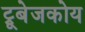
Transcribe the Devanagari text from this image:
ट्रूबेजकोय